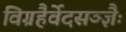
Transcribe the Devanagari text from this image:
विग्रहैर्वेदसञ्ज्ञैः